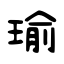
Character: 瑜